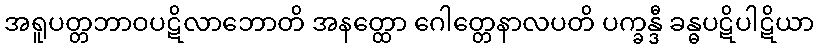
အရူပတ္တဘာဝပဋိလာဘောတိ အနတ္ထော ဂေါတ္တေနာလပတိ ပက္ခန္ဒီ ခန္ဓပဋိပါဋိယာ